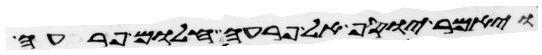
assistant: ויאמר יוסף אל פרעה חלום פרעה